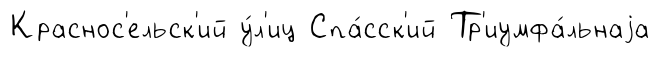
Краснос'ельск'ий у́л'иц Спа́сск'ий Тр'иумфа́льнаjа